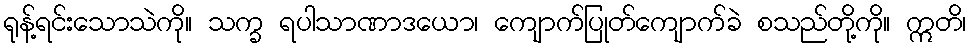
ရုန့်ရင်းသောသဲကို။ သက္ခ ရပါသာဏာဒယော၊ ကျောက်ပြုတ်ကျောက်ခဲ စသည်တို့ကို။ ဣတိ၊